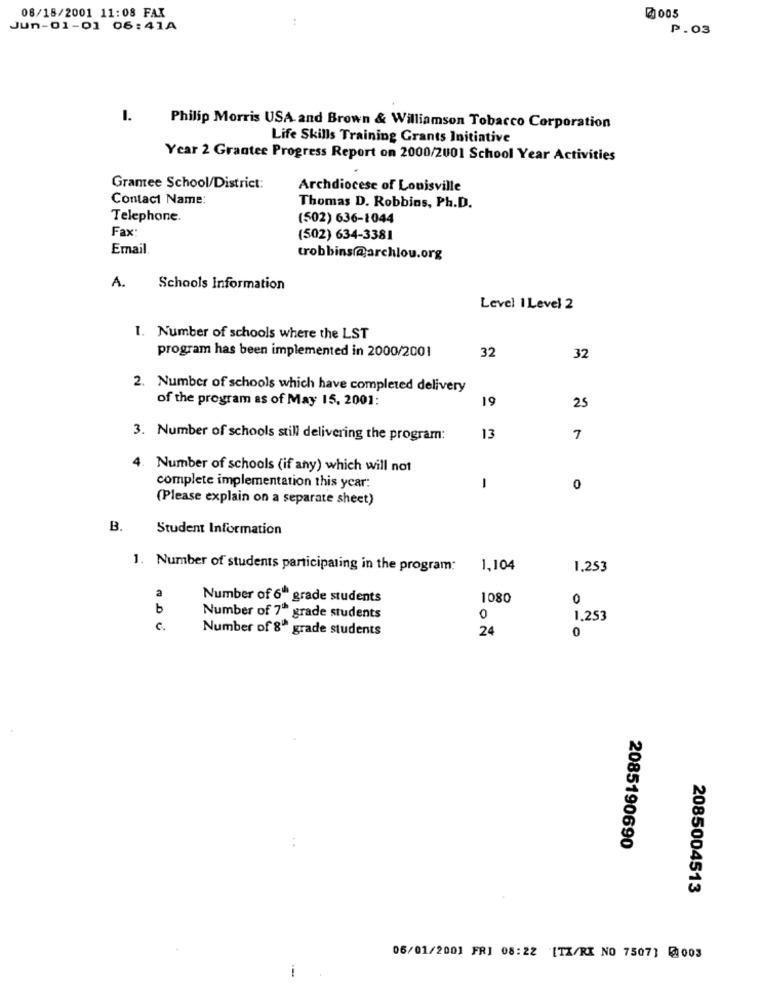
08/18/2001 11:08 FAX
@005
Jun-01-01 06:41A
P.03
1.
Philip Morris USA and Brown & Williamson Tobacco Corporation
Life Skills Training Grants Initiative
Year 2 Grantee Progress Report on 2000/2001 School Year Activities
Grantee School/District:
Archdiocese of Louisville
Contact Name:
Thomas D. Robbins, Ph.D.
Telephone.
(502) 636-1044
Fax:
(502) 634-3381
Email
trobbins@archlou.org
A.
Schools Information
Level 1 Level 2
1. Number of schools where the LST
32
program has been implemented in 2000/2001
32
2. Number of schools which have completed delivery
of the program as of May 15, 2001:
19
25
3. Number of schools still delivering the program:
13
4. Number of schools (if any) which will not
1
complete implementation this year:
0
(Please explain on a separate sheet)
B.
Student Information
1. Number of students participating in the program:
1,104
1.253
Number of 6" grade students
1080
0
b
Number of 7º grade students
0
1.253
C.
Number of 8" grade students
24
0
2085190690
2085004513
06/01/2001 FRI 08:22 [TZ/RI NO 7507] @:003
i